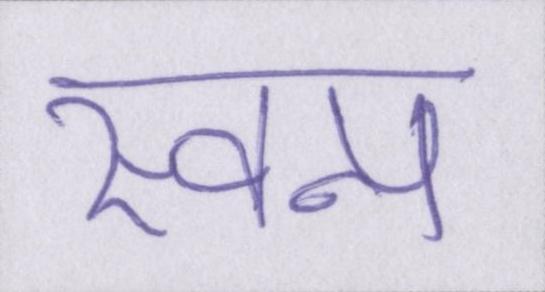
स्वप्न